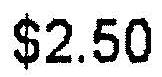
$2.50